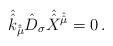
LaTeX: \begin{align*}\hat{\hat{k}}_{\hat{\hat{\mu}}} \hat{D}_{\sigma}\hat{\hat{X}}^{\hat{\hat{\mu}}} =0\, .\end{align*}